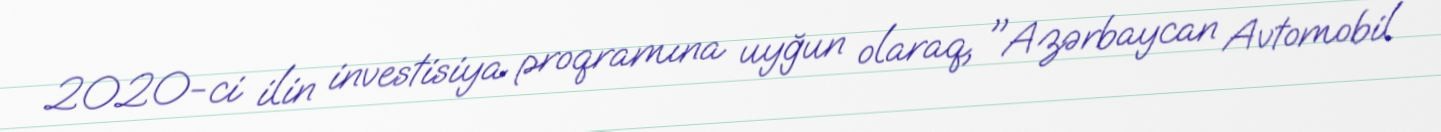
2020-ci ilin investisiya proqramına uyğun olaraq, "Azərbaycan Avtomobil